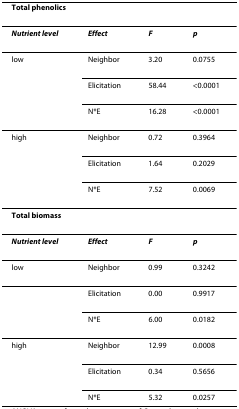
| <COLSPAN=4> Total phenolics |
 | --- | --- | --- | --- |
 | Nutrient level | Effect | F | p |
 | low | Neighbor | 3.20 | 0.0755 |
 |  | Elicitation | 58.44 | <0.0001 |
 |  | N*E | 16.28 | <0.0001 |
 | high | Neighbor | 0.72 | 0.3964 |
 |  | Elicitation | 1.64 | 0.2029 |
 |  | N*E | 7.52 | 0.0069 |
 | <COLSPAN=4> Total biomass |
 | Nutrient level | Effect | F | p |
 | low | Neighbor | 0.99 | 0.3242 |
 |  | Elicitation | 0.00 | 0.9917 |
 |  | N*E | 6.00 | 0.0182 |
 | high | Neighbor | 12.99 | 0.0008 |
 |  | Elicitation | 0.34 | 0.5656 |
 |  | N*E | 5.32 | 0.0257 |